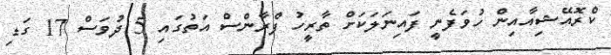
ކްރޮއޭޝިއާއިން ހުވަފެނީ ފައިނަލަކަށް ތާރީހު ފްރާންސް އަތުގައި 5 ދުވަސް 17 ގަޑި